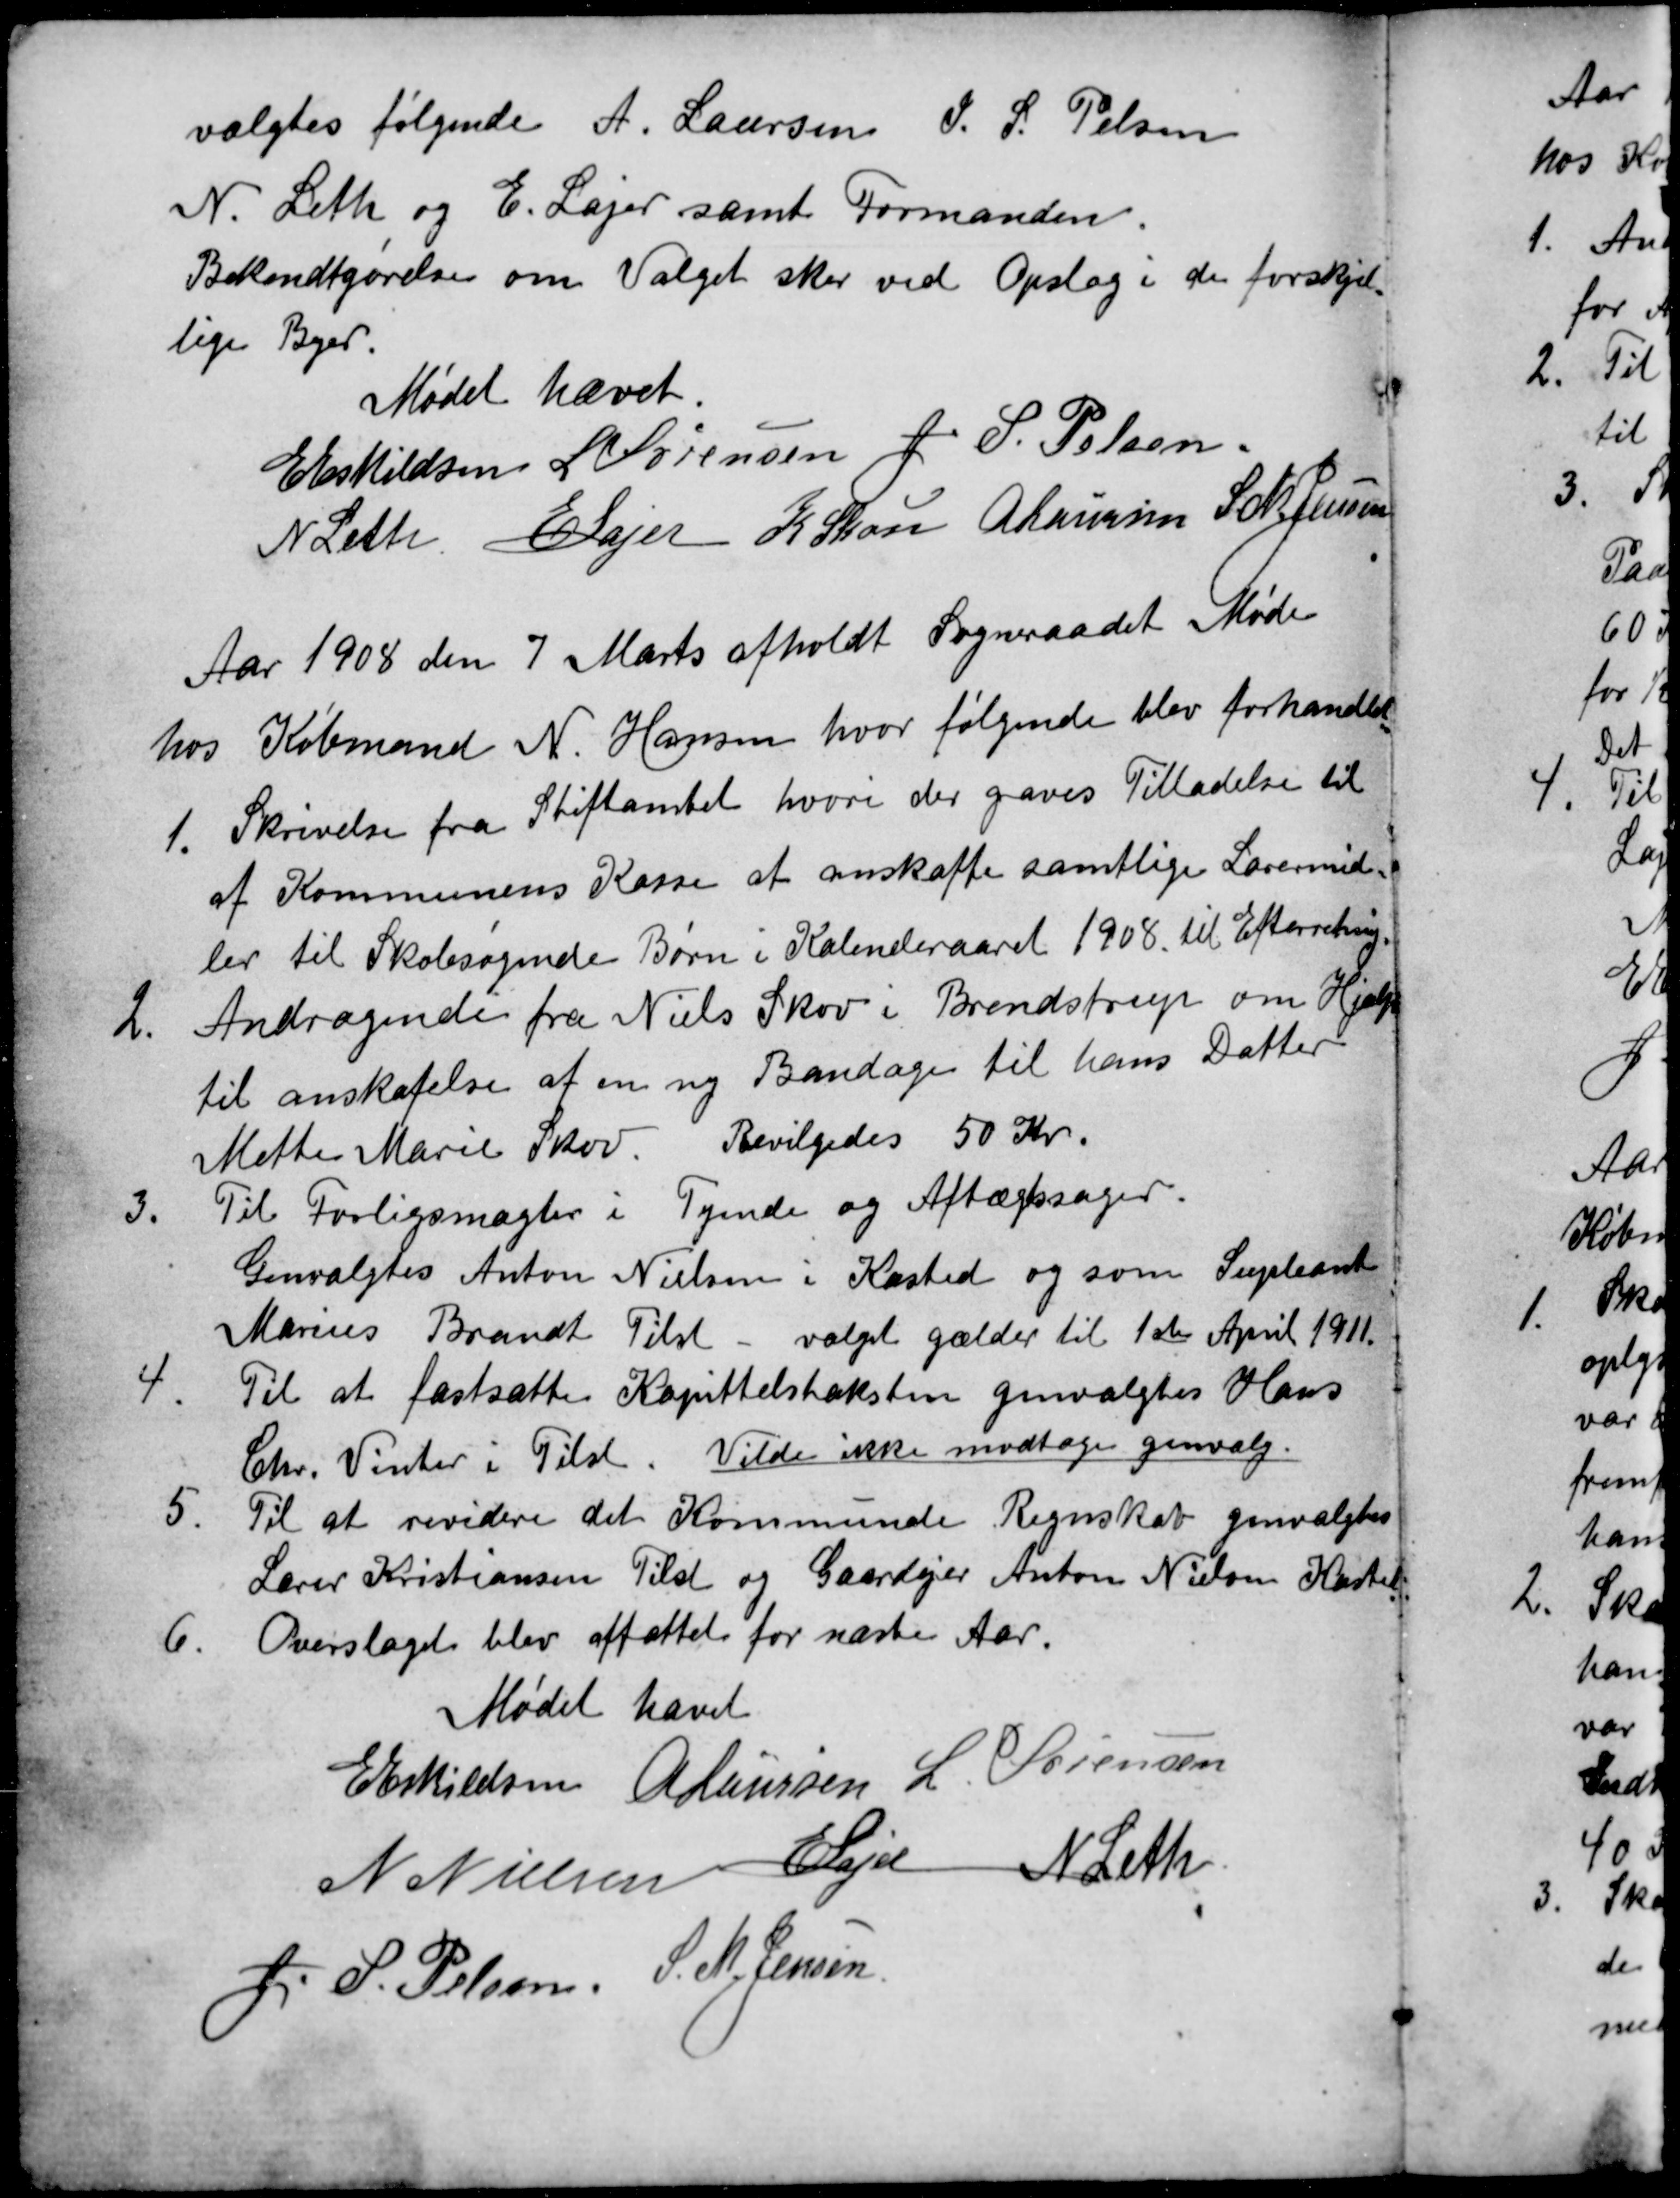
Transskription:
valgtes følgende A. Laursen J. S. Pelsen
N. Leth og E. Lajer samt Formanden.
Bekendtgørelse om Valget sker ved Opslag i de forskjel-
lige Byer.
Mødet hævet.
E Eskildsen L Sørensen J. P. Pelsen.
N Leth E Lajer K Skou A Laursen S. M. Jensen
Aar 1908 den 7 Marts afholdt Sogneraadet Møde
hos Købmand N. Hansen, hvor følgende blev forhandlet.
1. 
Skrivelse fra Stiftamtet hvori der gaves Tilladelse til
af Kommunens Kasse at anskaffe samtlige Lærermid-
ler til Skolesøgende Børn i Kalenderaaret 1908. til Efterretning.
2.
Andragende fra Niels Skov i Brendstrup om Hjælp
til anskafelse af en ny Bandage til hans Datter
Mette Marie Skov. Bevilgedes 50 Kr.
3.
Til Forligsmægler i Tyende og Aftægtssager.
Genvalgtes Anton Nielsen i Kasted og som Supleant
Marius Brandt Tilst - valget gælder til 1ste April 1911.
4.
Til at fastsætte Kapittelstaksten genvalgtes Hans
Chr. Vinter i Tilst. Vilde ikke modtage genvalg.
5.
Til at revidere det Kommunale Regnskab genvalgtes
Lærer Kristiansen Tilst og Gaardejer Anton Nielsen Kasted
6.
Overslaget blev affattet for næste Aar.
Mødet hævet
E Eskildsen A Laursen L. Sørensen
N Nielsen E Lajer N Leth
J. S. Pelsen. S. M. Jensen.